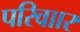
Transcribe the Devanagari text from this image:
परिवाार